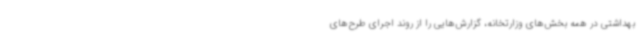
بهداشتی در همه بخش‌های وزارتخانه، گزارش‌هایی را از روند اجرای طرح‌های